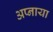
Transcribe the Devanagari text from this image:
अप्नाया